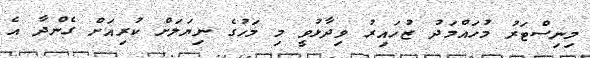
މިނިސްޓަރު މުހައްމަދު ޒުހައިރު ވިދާޅުވީ މި މަހުގެ ނިޔަލަށް ކުރިއަށް ގެންދާ އެ